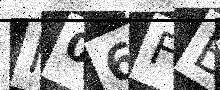
Text: M06FBX